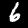
Digit: 6